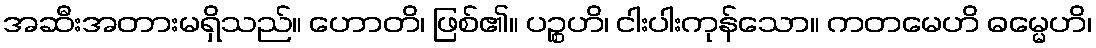
အဆီးအတားမရှိသည်။ ဟောတိ၊ ဖြစ်၏။ ပဉ္စဟိ၊ ငါးပါးကုန်သော။ ကတမေဟိ ဓမ္မေဟိ၊